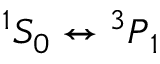
^ 1 S _ { 0 } \leftrightarrow { ^ 3 P } _ { 1 }